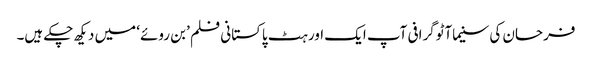
فرحان کی سنیماآٹوگرافی آپ ایک اور ہٹ پاکستانی فلم ’بن روئے‘ میں دیکھ چکے ہیں۔